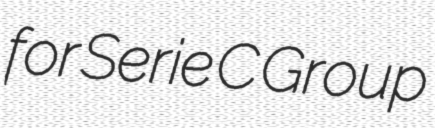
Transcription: for Serie C Group